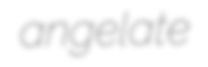
angelate